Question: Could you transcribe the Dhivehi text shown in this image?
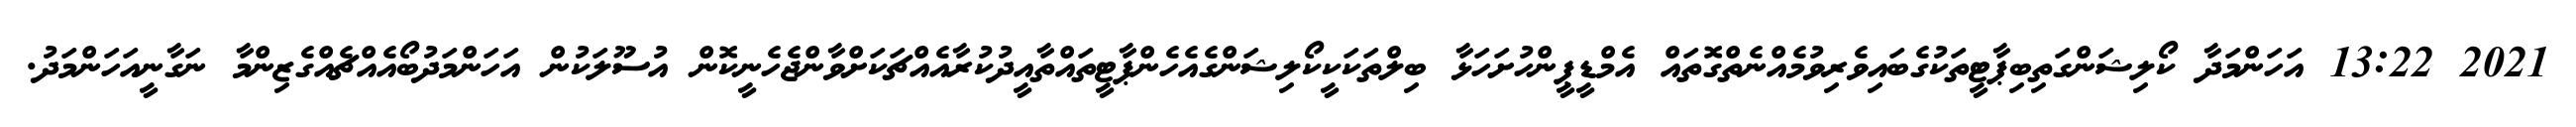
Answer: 2021 13:22 އަހަންމަދާ ކޯލިޝަންގަތިބިޕާޓީތަކުގެބައިވެރިވުމެއްނެތްގޮތައް އެމްޑީޕީންހުށަހަޅާ ބިލްތަކަކީކޯލިޝަންގެއެހެންޕާޓީތައްތާއީދުކުރާއެއްޗަކަށްވާންޖެހެނީކޮން އުސޫލަކުން އަހަންމަދުބޯއެއްޗެއްގެޒިންމާ ނަގާނީއަހަންމަދު.